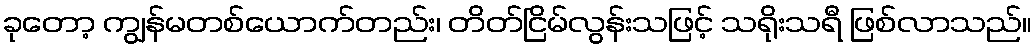
ခုတော့ ကျွန်မတစ်ယောက်တည်း၊ တိတ်ငြိမ်လွန်းသဖြင့် သရိုးသရီ ဖြစ်လာသည်။